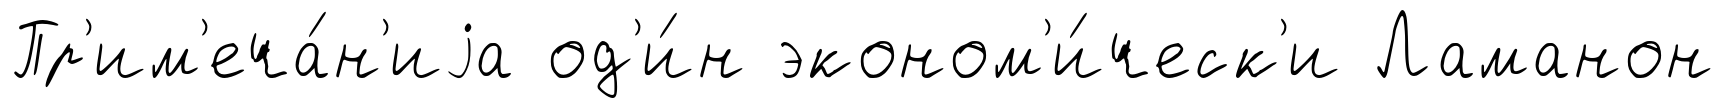
Пр'им'еча́н'иjа од'и́н эконом'и́ческ'и Ламанон